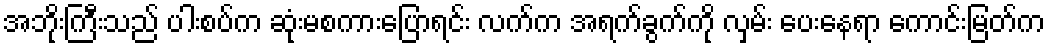
အဘိုးကြီးသည် ပါးစပ်က ဆုံးမစကားပြောရင်း လက်က အရက်ခွက်ကို လှမ်း ပေးနေရာ ကောင်းမြတ်က